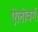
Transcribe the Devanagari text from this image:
ऐलोवर्ग